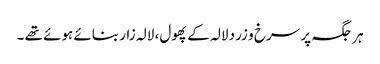
ہر جگہ پر سرخ و زرد لالہ کے پھول، لالہ زار بنائے ہوئے تھے ۔